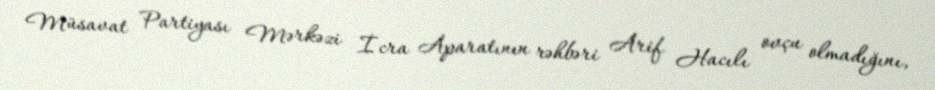
Müsavat Partiyası Mərkəzi İcra Aparatının rəhbəri Arif Hacılı ovçu olmadığını,